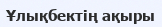
Ұлықбектің ақыры